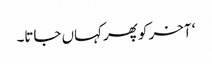
‘ آخر کو پھر کہاں جاتا۔